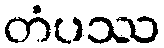
တံပဿ